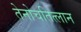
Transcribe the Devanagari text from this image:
तेनोचतित्लान